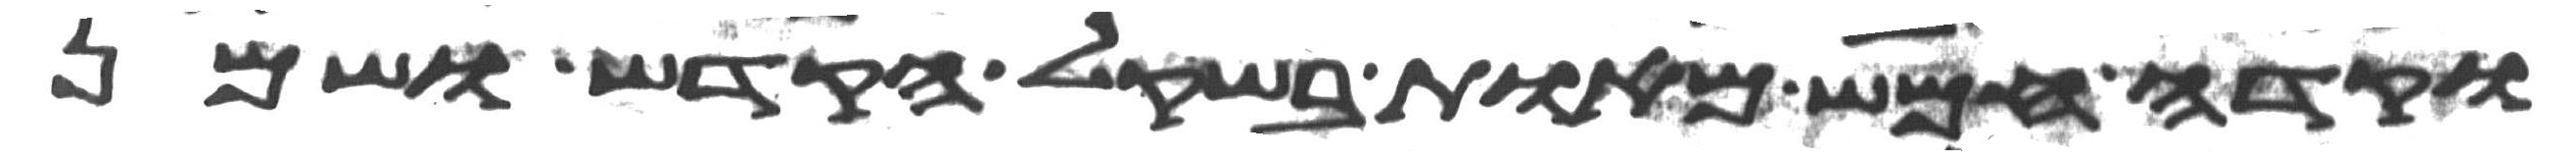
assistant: וקדה חמש מאות בשקל הקדש ושמן